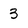
Character: 3